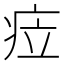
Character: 𱱐